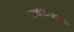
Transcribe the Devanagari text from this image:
आल्बेनियाची